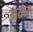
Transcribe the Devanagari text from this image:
आरकेल